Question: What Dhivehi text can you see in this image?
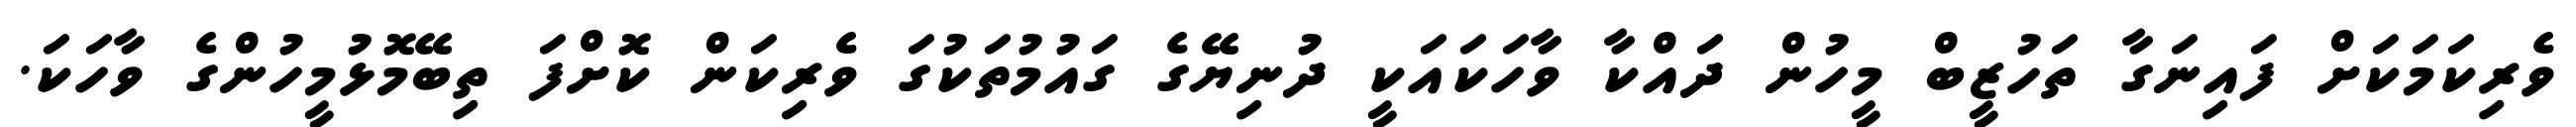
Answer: ވެރިކަމަކަށް ފައިނަގާ ތަހުޒީބް މީހުން ދައްކާ ވާހަކައަކީ ދުނިޔޭގެ ގައުމުތަކުގަ ވެރިކަން ކޮށްފަ ތިބޭމޮޅުމީހުންގެ ވާހަކަ.